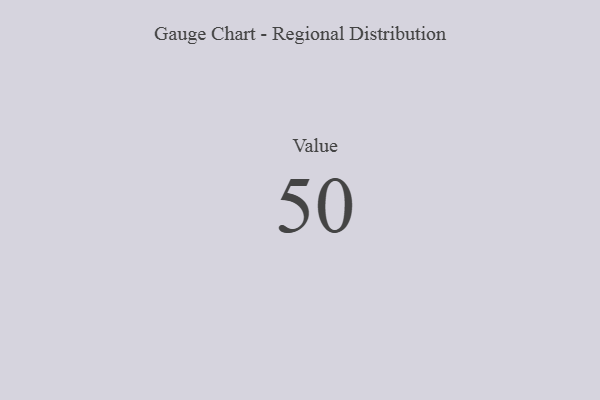
{"axis": {"x": "Metric", "y": "Value"}, "legend": [""], "data": [{"x": "Value", "y": 50, "type": ""}]}